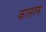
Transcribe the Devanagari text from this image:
करनज्य